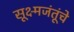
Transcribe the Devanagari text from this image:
सूक्ष्मजंतूंचे